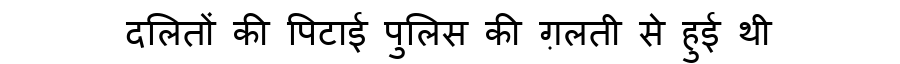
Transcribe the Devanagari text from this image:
दलितों की पिटाई पुलिस की ग़लती से हुई थी